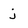
Character: j